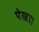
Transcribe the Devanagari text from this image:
पेखा।